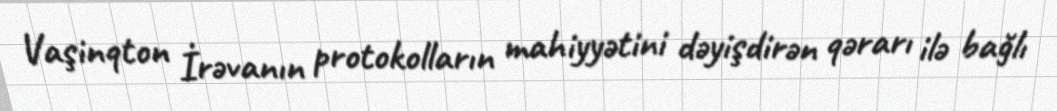
Vaşinqton İrəvanın protokolların mahiyyətini dəyişdirən qərarı ilə bağlı